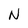
Character: N